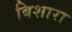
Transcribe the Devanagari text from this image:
बिशारा